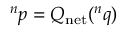
\begin{array} { r } { { } ^ { n } p = Q _ { \mathrm { n e t } } ( { } ^ { n } q ) } \end{array}